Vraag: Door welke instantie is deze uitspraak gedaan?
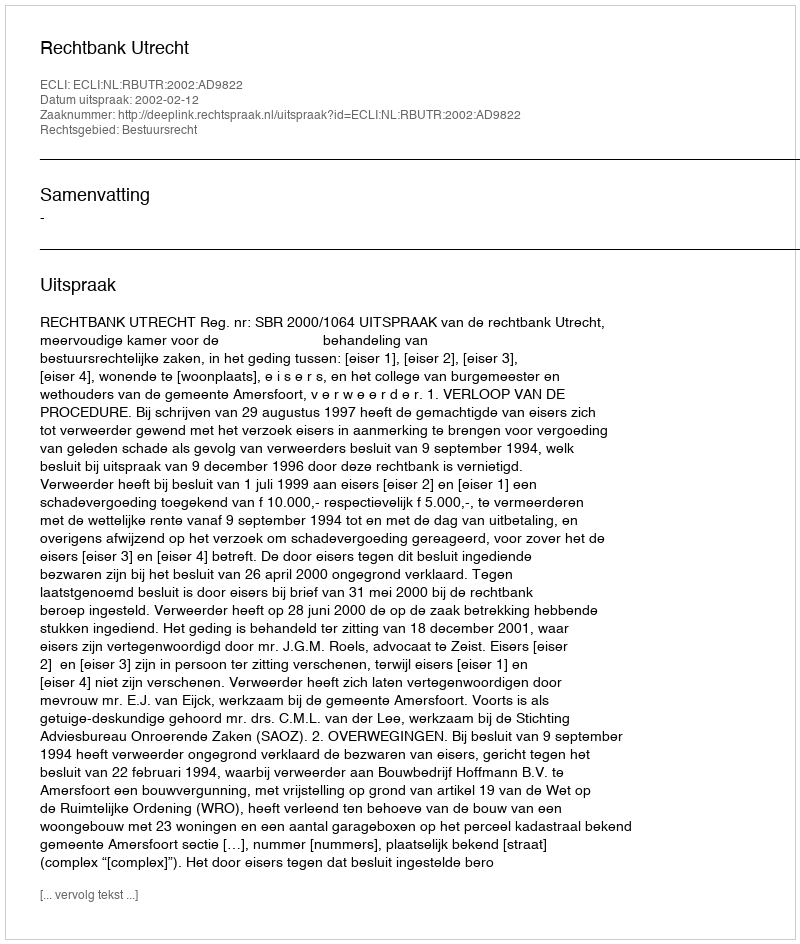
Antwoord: Rechtbank Utrecht